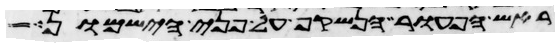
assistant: ראש הפעור הנשקף על פני הישמון